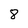
Character: 8